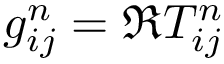
g _ { i j } ^ { n } = \Re T _ { i j } ^ { n }